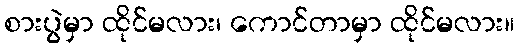
စားပွဲမှာ ထိုင်မလား၊ ကောင်တာမှာ ထိုင်မလား။